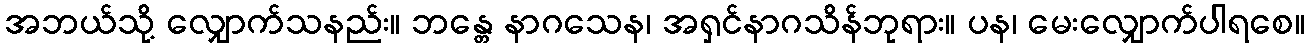
အဘယ်သို့ လျှောက်သနည်း။ ဘန္တေ နာဂသေန၊ အရှင်နာဂသိန်ဘုရား။ ပန၊ မေးလျှောက်ပါရစေ။